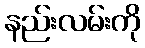
နည်းလမ်းကို